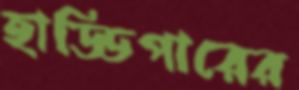
হাড্ডিপারের